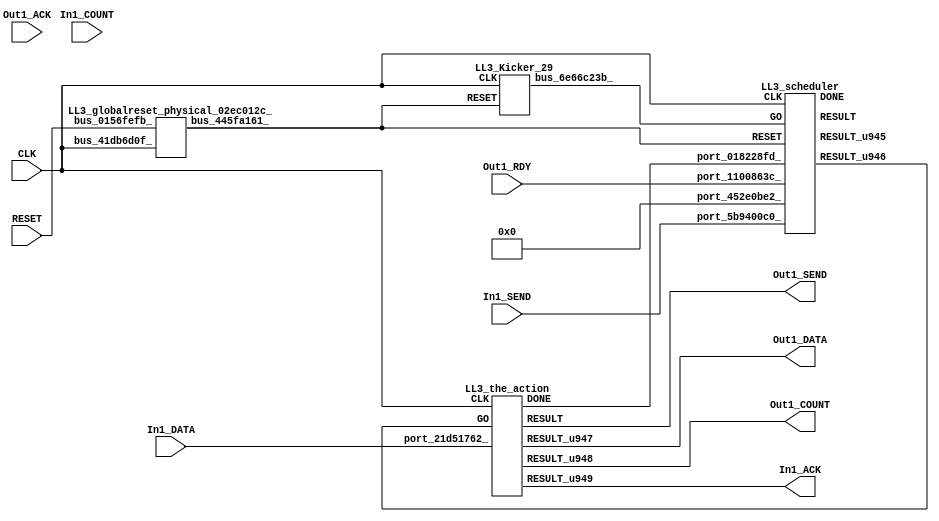
// __  ___ __ ___  _ __   ___  ___ 
// \ \/ / '__/ _ \| '_ \ / _ \/ __|
//  >  <| | | (_) | | | | (_) \__ \
// /_/\_\_|  \___/|_| |_|\___/|___/
// 
// Xronos synthesizer version
// Run date: Thu 2 Nov 2017 13:58:36 +0000
// 

module LL3(Out1_SEND, Out1_RDY, Out1_DATA, CLK, In1_COUNT, In1_SEND, RESET, In1_DATA, Out1_ACK, Out1_COUNT, In1_ACK);
output		Out1_SEND;
input		Out1_RDY;
output	[15:0]	Out1_DATA;
input		CLK;
input	[15:0]	In1_COUNT;
input		In1_SEND;
input		RESET;
input	[15:0]	In1_DATA;
input		Out1_ACK;
wire		the_action_go;
output	[15:0]	Out1_COUNT;
wire		the_action_done;
output		In1_ACK;
wire		bus_445fa161_;
wire	[31:0]	bus_31873e48_;
wire		scheduler_u135;
wire		LL3_scheduler_instance_DONE;
wire		scheduler;
wire	[31:0]	scheduler_u134;
wire	[15:0]	the_action_u51;
wire		LL3_the_action_instance_DONE;
wire		the_action;
wire		the_action_u53;
wire	[15:0]	the_action_u52;
wire		bus_6aad725c_;
wire		bus_6e66c23b_;
assign Out1_SEND=the_action;
assign Out1_DATA=the_action_u51;
assign the_action_go=scheduler_u135;
assign Out1_COUNT=the_action_u52;
assign the_action_done=bus_6aad725c_;
assign In1_ACK=the_action_u53;
LL3_globalreset_physical_02ec012c_ LL3_globalreset_physical_02ec012c__1(.bus_41db6d0f_(CLK), 
  .bus_0156fefb_(RESET), .bus_445fa161_(bus_445fa161_));
LL3_stateVar_fsmState_LL3 LL3_stateVar_fsmState_LL3_1(.bus_1e7942bf_(CLK), .bus_75bcad2d_(bus_445fa161_), 
  .bus_5411e35c_(scheduler), .bus_106c2f36_(32'h0), .bus_31873e48_(bus_31873e48_));
LL3_scheduler LL3_scheduler_instance(.CLK(CLK), .RESET(bus_445fa161_), .GO(bus_6e66c23b_), 
  .port_452e0be2_(32'h0), .port_1100863c_(Out1_RDY), .port_5b9400c0_(In1_SEND), 
  .port_018228fd_(the_action_done), .DONE(LL3_scheduler_instance_DONE), .RESULT(scheduler), 
  .RESULT_u945(scheduler_u134), .RESULT_u946(scheduler_u135));
LL3_the_action LL3_the_action_instance(.CLK(CLK), .GO(the_action_go), .port_21d51762_(In1_DATA), 
  .DONE(LL3_the_action_instance_DONE), .RESULT(the_action), .RESULT_u947(the_action_u51), 
  .RESULT_u948(the_action_u52), .RESULT_u949(the_action_u53));
assign bus_6aad725c_=LL3_the_action_instance_DONE&{1{LL3_the_action_instance_DONE}};
LL3_Kicker_29 LL3_Kicker_29_1(.CLK(CLK), .RESET(bus_445fa161_), .bus_6e66c23b_(bus_6e66c23b_));
endmodule



module LL3_globalreset_physical_02ec012c_(bus_41db6d0f_, bus_0156fefb_, bus_445fa161_);
input		bus_41db6d0f_;
input		bus_0156fefb_;
output		bus_445fa161_;
reg		final_u25=1'h1;
wire		not_2549027b_u0;
reg		sample_u25=1'h0;
reg		cross_u25=1'h0;
wire		and_00141bef_u0;
reg		glitch_u25=1'h0;
wire		or_3952025d_u0;
always @(posedge bus_41db6d0f_)
begin
final_u25<=not_2549027b_u0;
end
assign not_2549027b_u0=~and_00141bef_u0;
always @(posedge bus_41db6d0f_)
begin
sample_u25<=1'h1;
end
always @(posedge bus_41db6d0f_)
begin
cross_u25<=sample_u25;
end
assign and_00141bef_u0=cross_u25&glitch_u25;
always @(posedge bus_41db6d0f_)
begin
glitch_u25<=cross_u25;
end
assign bus_445fa161_=or_3952025d_u0;
assign or_3952025d_u0=bus_0156fefb_|final_u25;
endmodule



module LL3_endianswapper_44de3335_(endianswapper_44de3335_in, endianswapper_44de3335_out);
input	[31:0]	endianswapper_44de3335_in;
output	[31:0]	endianswapper_44de3335_out;
assign endianswapper_44de3335_out=32'h0;
endmodule



module LL3_endianswapper_75eeeec0_(endianswapper_75eeeec0_in, endianswapper_75eeeec0_out);
input	[31:0]	endianswapper_75eeeec0_in;
output	[31:0]	endianswapper_75eeeec0_out;
assign endianswapper_75eeeec0_out=32'h0;
endmodule



module LL3_stateVar_fsmState_LL3(bus_1e7942bf_, bus_75bcad2d_, bus_5411e35c_, bus_106c2f36_, bus_31873e48_);
input		bus_1e7942bf_;
input		bus_75bcad2d_;
input		bus_5411e35c_;
input	[31:0]	bus_106c2f36_;
output	[31:0]	bus_31873e48_;
wire	[31:0]	endianswapper_44de3335_out;
wire	[31:0]	endianswapper_75eeeec0_out;
assign bus_31873e48_=32'h0;
LL3_endianswapper_44de3335_ LL3_endianswapper_44de3335__1(.endianswapper_44de3335_in(32'h0), 
  .endianswapper_44de3335_out(endianswapper_44de3335_out));
LL3_endianswapper_75eeeec0_ LL3_endianswapper_75eeeec0__1(.endianswapper_75eeeec0_in(32'h0), 
  .endianswapper_75eeeec0_out(endianswapper_75eeeec0_out));
endmodule



module LL3_scheduler(CLK, RESET, GO, port_452e0be2_, port_1100863c_, port_5b9400c0_, port_018228fd_, RESULT, RESULT_u945, RESULT_u946, DONE);
input		CLK;
input		RESET;
input		GO;
input	[31:0]	port_452e0be2_;
input		port_1100863c_;
input		port_5b9400c0_;
input		port_018228fd_;
output		RESULT;
output	[31:0]	RESULT_u945;
output		RESULT_u946;
output		DONE;
wire signed	[31:0]	equals_a_signed;
wire signed	[31:0]	equals_b_signed;
wire		equals;
wire		and_u1572_u0;
wire		not_u305_u0;
wire		and_u1573_u0;
wire		not_u306_u0;
wire		and_u1574_u0;
wire		and_u1575_u0;
wire		and_u1576_u0;
wire		and_u1577_u0;
wire		not_u307_u0;
wire		simplePinWrite;
wire		and_u1578_u0;
wire		and_u1579_u0;
wire		and_u1580_u0;
reg		reg_339c6215_u0=1'h0;
wire		and_u1581_u0;
wire		or_u428_u0;
reg		reg_1e4fe800_u0=1'h0;
wire		or_u429_u0;
reg		reg_1e4fe800_result_delayed_u0=1'h0;
assign equals_a_signed=32'h0;
assign equals_b_signed=32'h0;
assign equals=equals_a_signed==equals_b_signed;
assign and_u1572_u0=and_u1581_u0&equals;
assign not_u305_u0=~equals;
assign and_u1573_u0=and_u1581_u0&not_u305_u0;
assign not_u306_u0=~port_5b9400c0_;
assign and_u1574_u0=and_u1580_u0&not_u306_u0;
assign and_u1575_u0=and_u1580_u0&port_5b9400c0_;
assign and_u1576_u0=and_u1579_u0&not_u307_u0;
assign and_u1577_u0=and_u1579_u0&port_1100863c_;
assign not_u307_u0=~port_1100863c_;
assign simplePinWrite=and_u1578_u0&{1{and_u1578_u0}};
assign and_u1578_u0=and_u1577_u0&and_u1579_u0;
assign and_u1579_u0=and_u1575_u0&and_u1580_u0;
assign and_u1580_u0=and_u1572_u0&and_u1581_u0;
always @(posedge CLK or posedge RESET)
begin
if (RESET)
reg_339c6215_u0<=1'h0;
else reg_339c6215_u0<=and_u1581_u0;
end
assign and_u1581_u0=or_u428_u0&or_u428_u0;
assign or_u428_u0=reg_339c6215_u0|reg_1e4fe800_result_delayed_u0;
always @(posedge CLK or posedge RESET)
begin
if (RESET)
reg_1e4fe800_u0<=1'h0;
else reg_1e4fe800_u0<=GO;
end
assign or_u429_u0=GO|and_u1578_u0;
always @(posedge CLK or posedge RESET)
begin
if (RESET)
reg_1e4fe800_result_delayed_u0<=1'h0;
else reg_1e4fe800_result_delayed_u0<=reg_1e4fe800_u0;
end
assign RESULT=or_u429_u0;
assign RESULT_u945=32'h0;
assign RESULT_u946=simplePinWrite;
assign DONE=1'h0;
endmodule



module LL3_the_action(CLK, GO, port_21d51762_, RESULT, RESULT_u947, RESULT_u948, RESULT_u949, DONE);
input		CLK;
input		GO;
input	[15:0]	port_21d51762_;
output		RESULT;
output	[15:0]	RESULT_u947;
output	[15:0]	RESULT_u948;
output		RESULT_u949;
output		DONE;
wire		simplePinWrite;
wire	[15:0]	simplePinWrite_u269;
wire	[15:0]	simplePinWrite_u270;
wire		simplePinWrite_u271;
assign simplePinWrite=GO&{1{GO}};
assign simplePinWrite_u269=16'h1&{16{1'h1}};
assign simplePinWrite_u270=port_21d51762_;
assign simplePinWrite_u271=GO&{1{GO}};
assign RESULT=simplePinWrite_u271;
assign RESULT_u947=simplePinWrite_u270;
assign RESULT_u948=simplePinWrite_u269;
assign RESULT_u949=simplePinWrite;
assign DONE=GO;
endmodule



module LL3_Kicker_29(CLK, RESET, bus_6e66c23b_);
input		CLK;
input		RESET;
output		bus_6e66c23b_;
wire		bus_03f50c3f_;
reg		kicker_1=1'h0;
wire		bus_75c19911_;
wire		bus_2ddaa6e6_;
wire		bus_2f13d073_;
reg		kicker_res=1'h0;
reg		kicker_2=1'h0;
assign bus_6e66c23b_=kicker_res;
assign bus_03f50c3f_=kicker_1&bus_75c19911_&bus_2ddaa6e6_;
always @(posedge CLK)
begin
kicker_1<=bus_75c19911_;
end
assign bus_75c19911_=~RESET;
assign bus_2ddaa6e6_=~kicker_2;
assign bus_2f13d073_=bus_75c19911_&kicker_1;
always @(posedge CLK)
begin
kicker_res<=bus_03f50c3f_;
end
always @(posedge CLK)
begin
kicker_2<=bus_2f13d073_;
end
endmodule